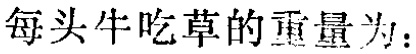
每头牛吃草的重量为：